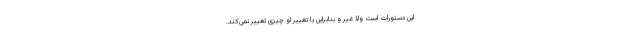
این دستورات است ولا غیر و بنابراین با تغییر او چیزی تغییر نمی‌کند.